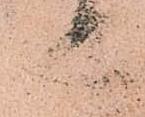
上